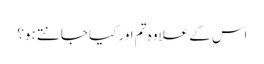
اس کے علاوہ تم اور کیا جانتے ہو؟